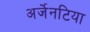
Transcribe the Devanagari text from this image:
अर्जेनटिया